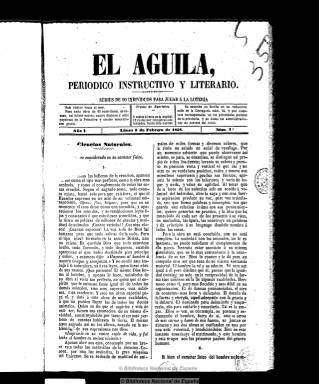
Título: El Águila (Sevilla)
Colección: Semanarios de amenidades
Ámbito geográfico: Sevilla
Lugar de publicación: Sevilla
Fechas: 08/02/1858-15/05/1858

Semanario sevillano del que sólo se editaron 13 entregas en 1858 y que, alejado de la propaganda política, tenía fundamentalmente un afán didáctico, con artículos literarios, científicos, históricos, biográficos, de viajes, poéticos, de curiosidades, etc.

  Estaba editado en fascículos de cuatro páginas acompañando a cada uno un pliego de novela dispuesto para encuadernar. Sus editores responsables fueron sucesivamente José María Moreno, Luis Madera y Francisco Díaz y Romero.

  La publicación se encuadra en el último y relativamente estable periodo del reinado de Isabel II, siendo Sevilla conocida como ‘La Corte chica’, dado que en la ciudad se establecieron los duques de Montpensier, matrimonio formado por Antonio María de Orleans y la infanta María Luisa, la hermana menor de la reina.

    En el semanario la información aparece organizada en dos columnas separadas por un corondel simple. Pese a las dificultades tecnológicas del momento el diseño está muy cuidado. No tiene publicidad en ninguno de sus números, por lo que subsistía mediante suscripciones y ventas directas. Tampoco había ilustraciones.

  Entre los colaboradores más asiduos de la publicación figuran Eduardo López, Pedro Salazar, Manuel Fernando Crespo y Amalia Domingo, siendo ésta una de las dos únicas mujeres que escribieron en El Águila.

Una de las características singulares de la publicación es que cada número tenía su combinación con los billetes de lotería en beneficio de sus suscriptores, por lo que la información sobre los sorteos gozaba siempre de espacio en el periódico, aunque no en un lugar fijo.

  En septiembre de 2016, María Isabel Ortiz Fernández, de la Facultad de Comunicación de la Universidad de Sevilla, hizo su trabajo Fin de Grado de Periodismo sobre este semanario tomando como base de estudio la colección que conserva la Biblioteca Nacional. El trabajo se titula: ‘El Águila, modelo de prensa instructiva en la Sevilla de Isabel II’.

   Este trabajo de Fin de Grado, que está disponible online, es fundamental para todo aquel que quiera profundizar en el conocimiento de este efímero semanario.

[Descripción modificada el 17/08/2022]